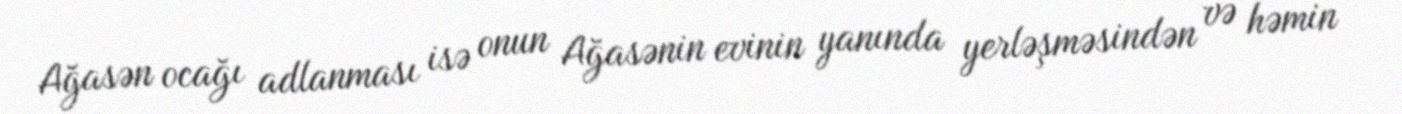
Ağasən ocağı adlanması isə onun Ağasənin evinin yanında yerləşməsindən və həmin